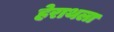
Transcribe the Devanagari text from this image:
हेराथला